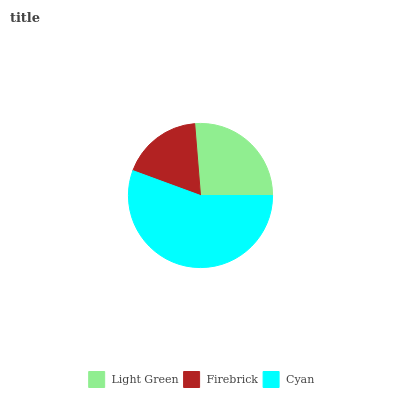
| Light Green | Firebrick | Cyan |
 | --- | --- | --- |
 | 26.3% | 18.2% | 55.6% |